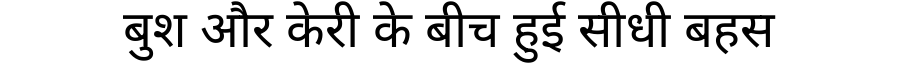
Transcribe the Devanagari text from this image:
बुश और केरी के बीच हुई सीधी बहस